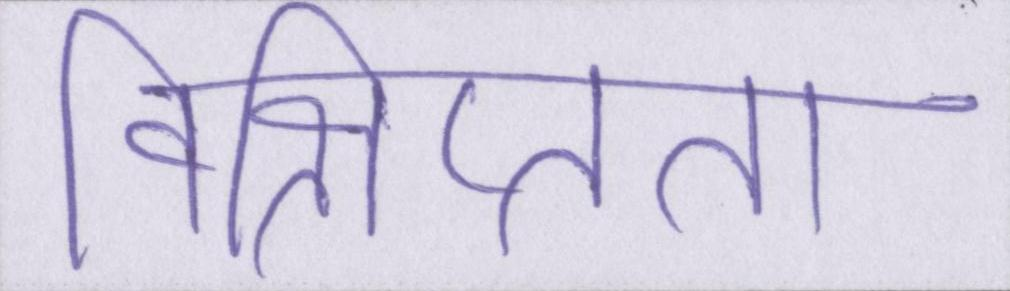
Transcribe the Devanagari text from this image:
विक्षिप्तता